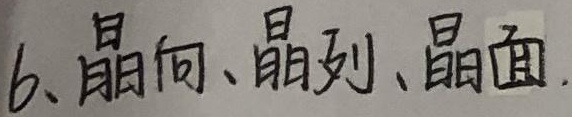
6、晶向、晶列、晶面